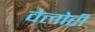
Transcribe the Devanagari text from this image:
वेलोरी